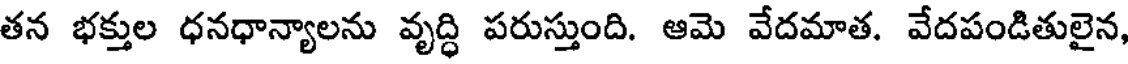
తన భక్తుల ధనధాన్యాలను వృద్ధి పరుస్తుంది. ఆమె వేదమాత. వేదపండితులైన,